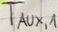
Text: TAUX,1